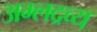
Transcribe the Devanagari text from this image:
अम्लद्रव्य